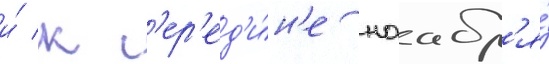
и́ к с'ер'ед'и́н'е ноабр'я́